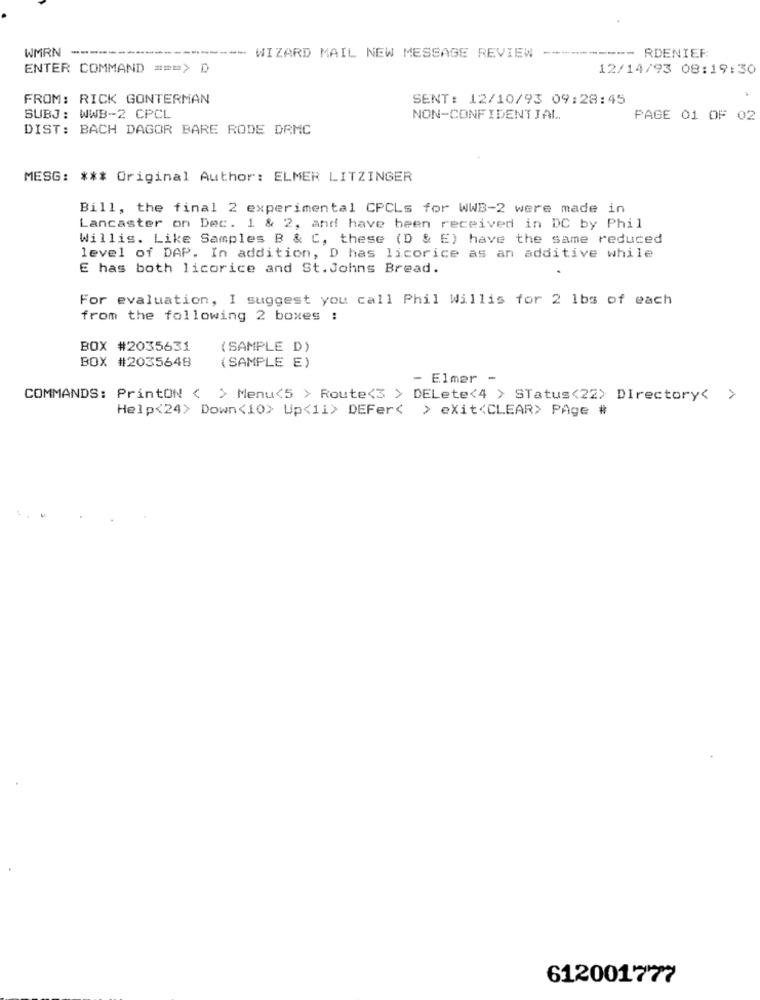
WMRN ----
--------- WIZARD MAIL NEW MESSAGE REVIEW ----------- RDENIER
ENTER COMMAND === > D
12/14/93 08:19:30
FROM: RICK GONTERMAN
SENT: 12/10/93 09:28:45
SUBJ: WWB-2 CPCL
NON-CONFIDENTIAL
PAGE 01 OF 02
DIST: BACH DAGOR BARE RODE DRMC
MESG: *** Original Author: ELMER LITZINGER
Bill, the final 2 experimental CPCLs for WWB-2 were made in
Lancaster on Dec. 1 & 2, and have been received in DC by Phil
Willis. Like Samples B & C, these (D & E) have the same reduced
level of DAP. In addition, D has licorice as an additive while
E has both licorice and St. Johns Bread.
For evaluation, I suggest you call Phil Willis for 2 1bs of each
from the following 2 boxes :
BOX #2035631
( SAMPLE D)
BOX #2035648
(SAMPLE E)
- Elmer -
COMMANDS: PrintON < > Menu<5 > Route<3 > DELete<4 > STatus<22> Directory< >
Help<24> Down<10> Up<1i> DEFer< > exit<CLEAR> PAge #
612001777